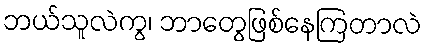
ဘယ်သူလဲကွ၊ ဘာတွေဖြစ်နေကြတာလဲ